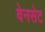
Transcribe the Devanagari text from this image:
वेनसेट